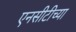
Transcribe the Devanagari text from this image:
एनसीटीच्या